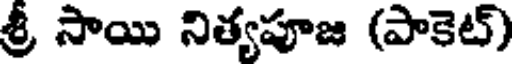
శ్రీ సాయి నిత్యపూజ (పాకెట్)